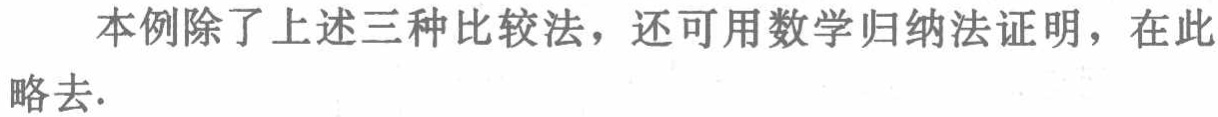
本例除了上述三种比较法，还可用数学归纳法证明，在此略去.